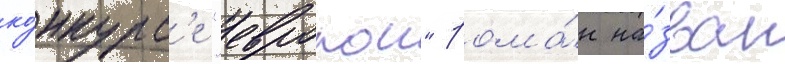
ко́нкурс'е "еврокон" рома́н на́зван